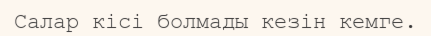
Салар кісі болмады кезін кемге.